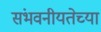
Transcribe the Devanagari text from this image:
संभवनीयतेच्या